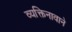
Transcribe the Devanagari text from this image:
व्यक्तिनावाने